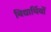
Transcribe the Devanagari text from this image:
बिद्यार्थियों